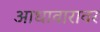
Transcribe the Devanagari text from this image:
आधावारावर